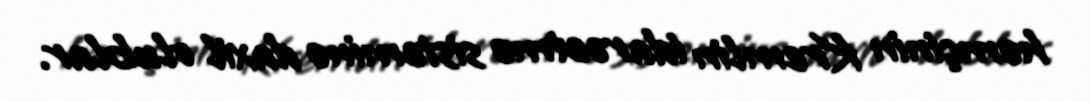
həmçinin Kremlin idarəetmə sisteminə daxil olublar.